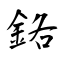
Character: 鉻